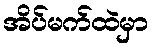
အိပ်မက်ထဲမှာ